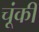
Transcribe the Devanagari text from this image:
चूंकी